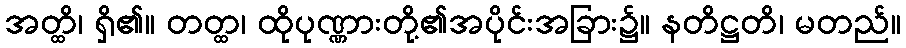
အတ္ထိ၊ ရှိ၏။ တတ္ထ၊ ထိုပုဏ္ဏားတို့၏အပိုင်းအခြား၌။ နတိဋ္ဌတိ၊ မတည်။